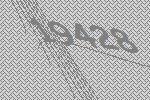
19428